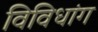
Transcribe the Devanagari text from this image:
विविधांग